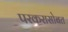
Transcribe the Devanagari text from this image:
परकरासोबत